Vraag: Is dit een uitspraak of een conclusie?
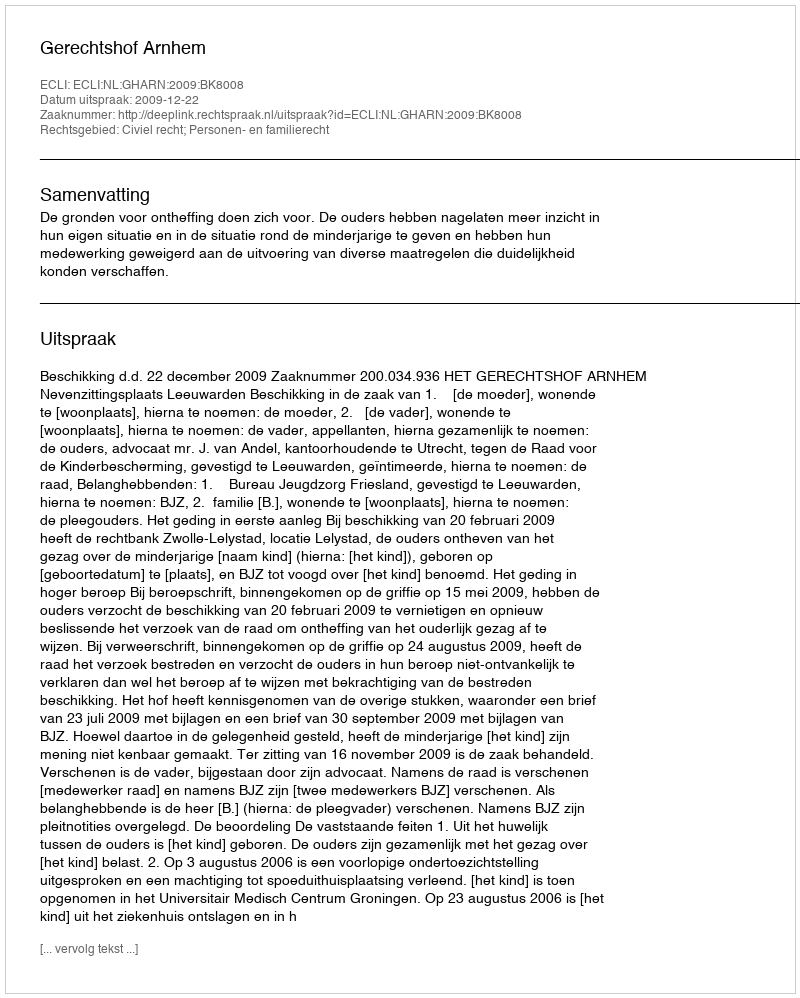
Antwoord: Uitspraak